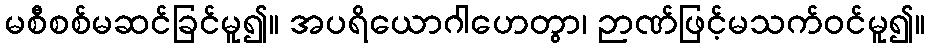
မစီစစ်မဆင်ခြင်မူ၍။ အပရိယောဂါဟေတွာ၊ ဉာဏ်ဖြင့်မသက်ဝင်မူ၍။